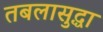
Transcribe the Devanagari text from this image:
तबलासुद्धा